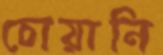
চোয়ানি